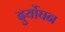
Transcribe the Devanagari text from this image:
दुर्योघन